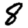
Digit: 8